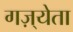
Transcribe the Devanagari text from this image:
गज़्येता